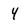
Character: 4